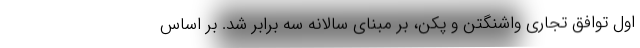
اول توافق تجاری واشنگتن و پکن، بر مبنای سالانه سه برابر شد. بر اساس